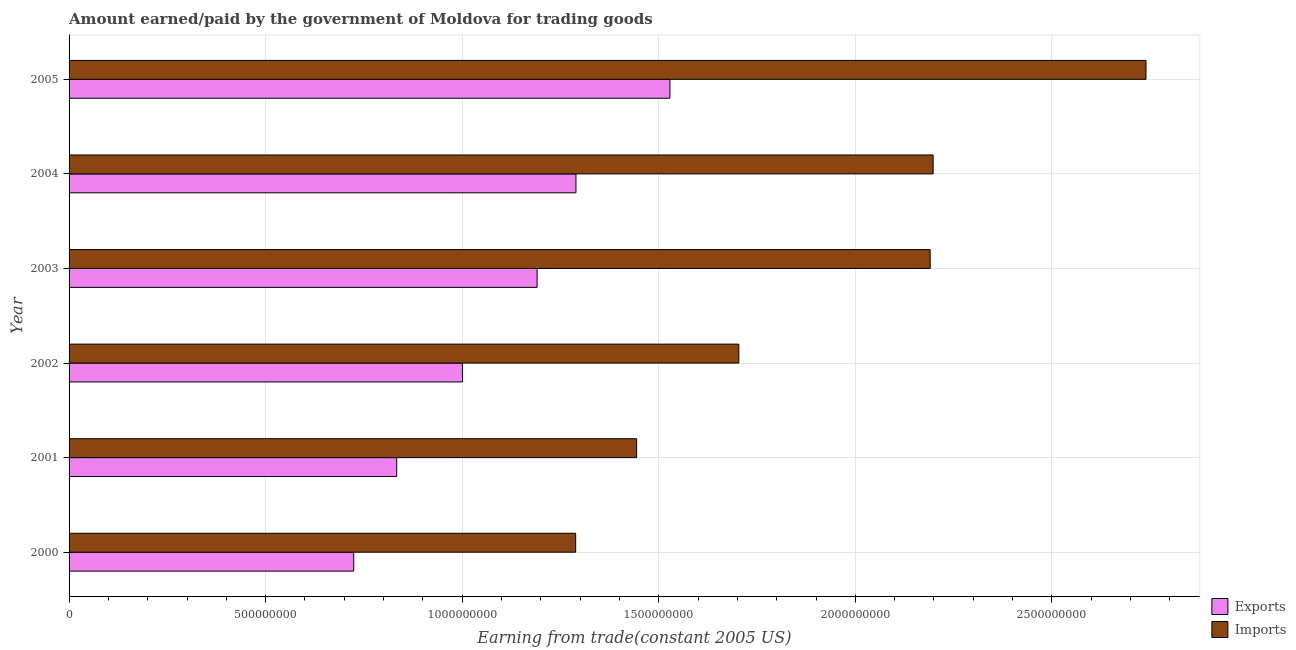
| Year | Exports | Imports |
 | --- | --- | --- |
 | 2000 | 7.24e+08 | 1.29e+09 |
 | 2001 | 8.33e+08 | 1.44e+09 |
 | 2002 | 1e+09 | 1.7e+09 |
 | 2003 | 1.19e+09 | 2.19e+09 |
 | 2004 | 1.29e+09 | 2.2e+09 |
 | 2005 | 1.53e+09 | 2.74e+09 |